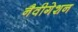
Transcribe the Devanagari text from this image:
नैवीगेशन